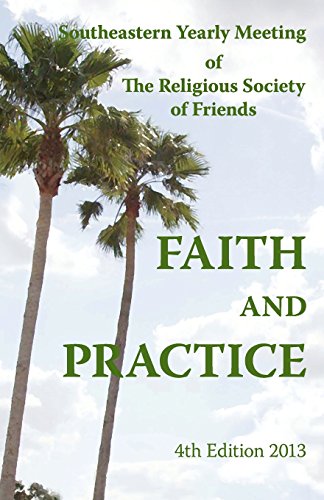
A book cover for SEYM Faith And Pactice 4th Edition; Southeastern Yearly Meeting of the RSOF; Christian Books & Bibles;